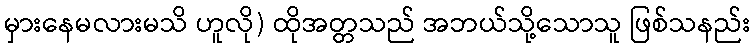
မှားနေမလားမသိ ဟူလို) ထိုအတ္တသည် အဘယ်သို့သောသူ ဖြစ်သနည်း